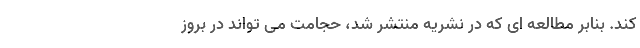
کند. بنابر مطالعه ای که در نشریه منتشر شد، حجامت می تواند در بروز